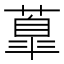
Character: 𦺆